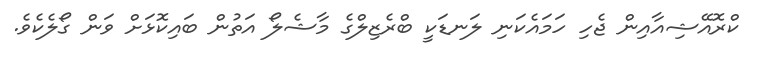
ކްރޮއޭޝިއާއިން ޖެހި ހަމައެކަނި ލަނޑަކީ ބްރެޒިލްގެ މާޝެލޯ އަތުން ބައިކޮޅަށް ވަން ގޯލެކެވެ.